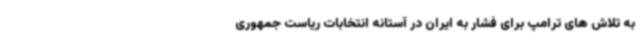
به تلاش های ترامپ برای فشار به ایران در آستانه انتخابات ریاست جمهوری